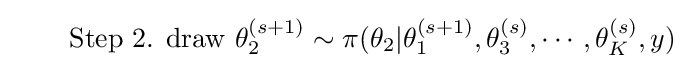
\quad \quad {\text{Step 2.     draw}}\,\,\theta _{2}^{(s+1)}\sim \pi (\theta _{2}|\theta _{1}^{(s+1)},\theta _{3}^{(s)},\cdots ,\theta _{K}^{(s)},y)